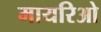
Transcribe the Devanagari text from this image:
मायरिओ